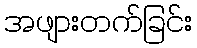
အဖျားတက်ခြင်း